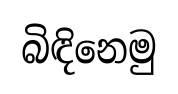
බිඳිනෙමු